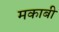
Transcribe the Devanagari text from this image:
मकाबी